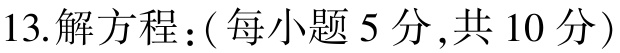
13.解方程：( 每小题 5 分 ,共 10 分)